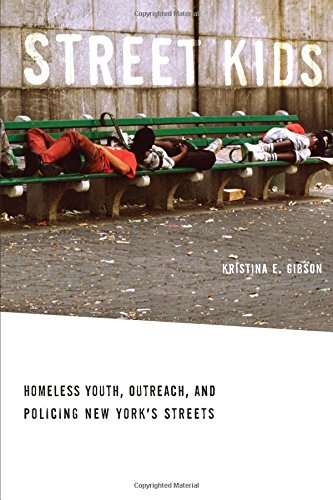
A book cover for Street Kids: Homeless Youth, Outreach, and Policing New York's Streets; Kristina E. Gibson; Politics & Social Sciences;